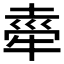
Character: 𭷤